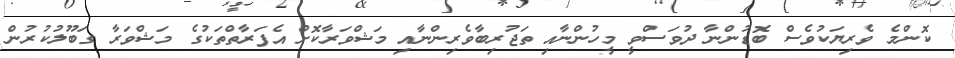
ކޮންމެ ވެރިޔަކުވެސް ބޮޑުންނާ ދުވަސްވީ މީހުންނާއި ތަޖުރިބާވެރިންނާއި މަޝްވަރާކޮށް އެފަރާތްތަކުގެ މަޝްވަރާ ގަބޫލުކުރުން